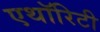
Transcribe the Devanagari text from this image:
एथॉरिटी